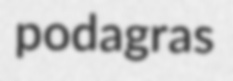
podagras